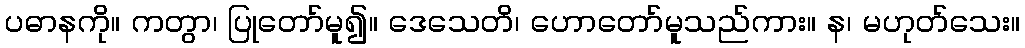
ပဓာနကို။ ကတွာ၊ ပြုတော်မူ၍။ ဒေသေတိ၊ ဟောတော်မူသည်ကား။ န၊ မဟုတ်သေး။